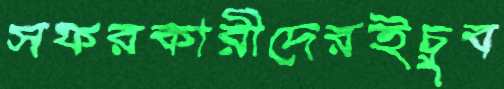
সফরকারীদেরইচুব